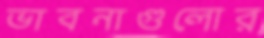
ভাবনাগুলোর